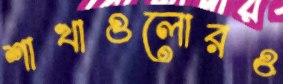
শাখাগুলোরও